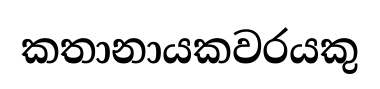
කතානායකවරයකු